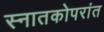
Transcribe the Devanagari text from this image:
स्नातकोपरांत